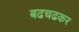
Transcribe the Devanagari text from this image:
बढचढकर